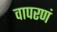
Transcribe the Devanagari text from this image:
वापरणं